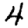
Digit: 4